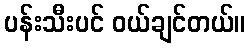
ပန်းသီးပင် ဝယ်ချင်တယ်။